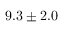
9 . 3 \pm 2 . 0